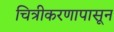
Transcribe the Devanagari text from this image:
चित्रीकरणापासून